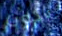
يكون